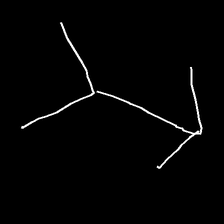
Glyph: gather